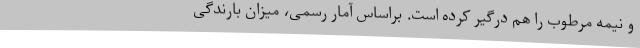
و نیمه مرطوب را هم درگیر کرده است. براساس آمار رسمی، میزان بارندگی